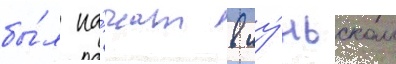
бы́л на́чат в иу́ньском